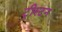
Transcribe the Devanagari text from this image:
ट्रीस्टन